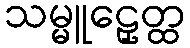
သမ္မူဠှေတ္ထ